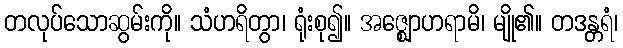
တလုပ်သောဆွမ်းကို။ သံဟရိတွာ၊ ရုံးစု၍။ အဇ္ဈောဟရာမိ၊ မျို၏။ တဒန္တရံ၊